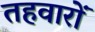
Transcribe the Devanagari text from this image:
तहवारों